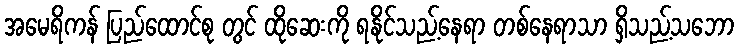
အမေရိကန် ပြည်ထောင်စု တွင် ထိုဆေးကို ရနိုင်သည့်နေရာ တစ်နေရာသာ ရှိသည့်သဘော